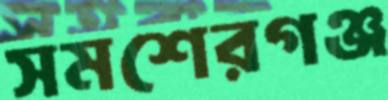
সমশেরগঞ্জ